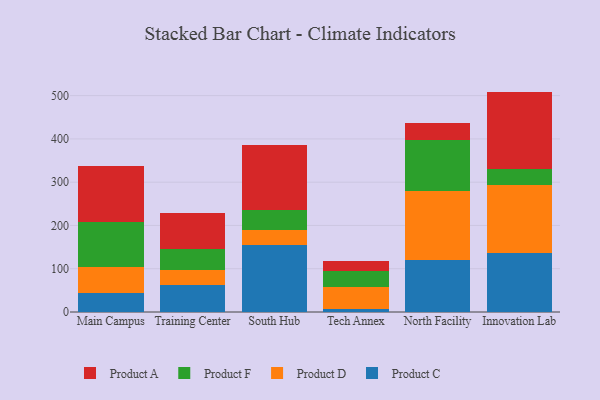
{"axis": {"x": "Campus", "y": "Operating Costs (USD K)"}, "legend": ["Product A", "Product C", "Product D", "Product F"], "data": [{"x": "Main Campus", "y": 43.3, "type": "Product C"}, {"x": "Main Campus", "y": 60.5, "type": "Product D"}, {"x": "Main Campus", "y": 104.3, "type": "Product F"}, {"x": "Main Campus", "y": 130.3, "type": "Product A"}, {"x": "Training Center", "y": 61.3, "type": "Product C"}, {"x": "Training Center", "y": 36.7, "type": "Product D"}, {"x": "Training Center", "y": 46.7, "type": "Product F"}, {"x": "Training Center", "y": 84.5, "type": "Product A"}, {"x": "South Hub", "y": 154.7, "type": "Product C"}, {"x": "South Hub", "y": 34.6, "type": "Product D"}, {"x": "South Hub", "y": 46.1, "type": "Product F"}, {"x": "South Hub", "y": 149.6, "type": "Product A"}, {"x": "Tech Annex", "y": 7.0, "type": "Product C"}, {"x": "Tech Annex", "y": 51.4, "type": "Product D"}, {"x": "Tech Annex", "y": 36.1, "type": "Product F"}, {"x": "Tech Annex", "y": 24.4, "type": "Product A"}, {"x": "North Facility", "y": 120.8, "type": "Product C"}, {"x": "North Facility", "y": 158.0, "type": "Product D"}, {"x": "North Facility", "y": 119.6, "type": "Product F"}, {"x": "North Facility", "y": 39.4, "type": "Product A"}, {"x": "Innovation Lab", "y": 135.7, "type": "Product C"}, {"x": "Innovation Lab", "y": 158.8, "type": "Product D"}, {"x": "Innovation Lab", "y": 36.7, "type": "Product F"}, {"x": "Innovation Lab", "y": 178.1, "type": "Product A"}]}